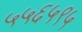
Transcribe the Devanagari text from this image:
५५६५९५